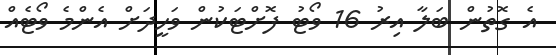
އެ ގޮތުން ބަލާ އިރު 16 ވޯޓު ފޮށްޓަކުން ވަހީދަށް އެންމެ ވޯޓެއް